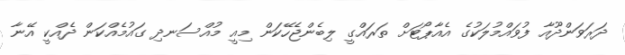
ދަރަވަންދޫއާ ފުވައްމުލަކުގެ އެއާޕޯޓަށް ތަރައްގީ ލިބެންޖެހޭކަން މިއީ މުއްސަނދި ގައުމެއްކަން ދެއްކީ އޭނާ